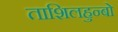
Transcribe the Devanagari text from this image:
ताशिलहुन्बो